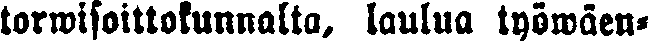
torwisoittokunnalta, laulua työwäen-